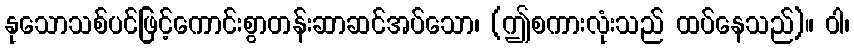
နုသောသစ်ပင်ဖြင့်ကောင်းစွာတန်းဆာဆင်အပ်သော၊ (ဤစကားလုံးသည် ထပ်နေသည်)။ ဝါ၊